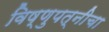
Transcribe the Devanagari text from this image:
विष्णुपत्नीचा